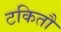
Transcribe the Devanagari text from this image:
टकितौ